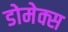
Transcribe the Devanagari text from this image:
डोमेक्स